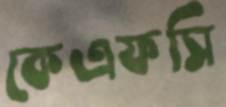
কেএফসি